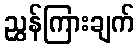
ညွှန်ကြားချက်